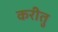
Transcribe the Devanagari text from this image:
करीतु